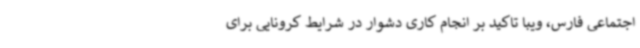
اجتماعی فارس، ویبا تاکید بر انجام کاری دشوار در شرایط کرونایی برای